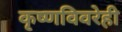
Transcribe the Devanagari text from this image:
कृष्णविवरेही